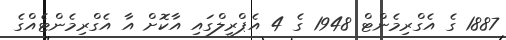
1887 ގެ އެގްރިމެންޓް 1948 ގެ 4 އެޕްރީލްގައި އާކޮށް އާ އެގްރިމެންޓެއްގެ